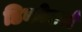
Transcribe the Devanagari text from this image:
डिकोडर्स